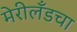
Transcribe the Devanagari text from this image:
मेरीलँडचा